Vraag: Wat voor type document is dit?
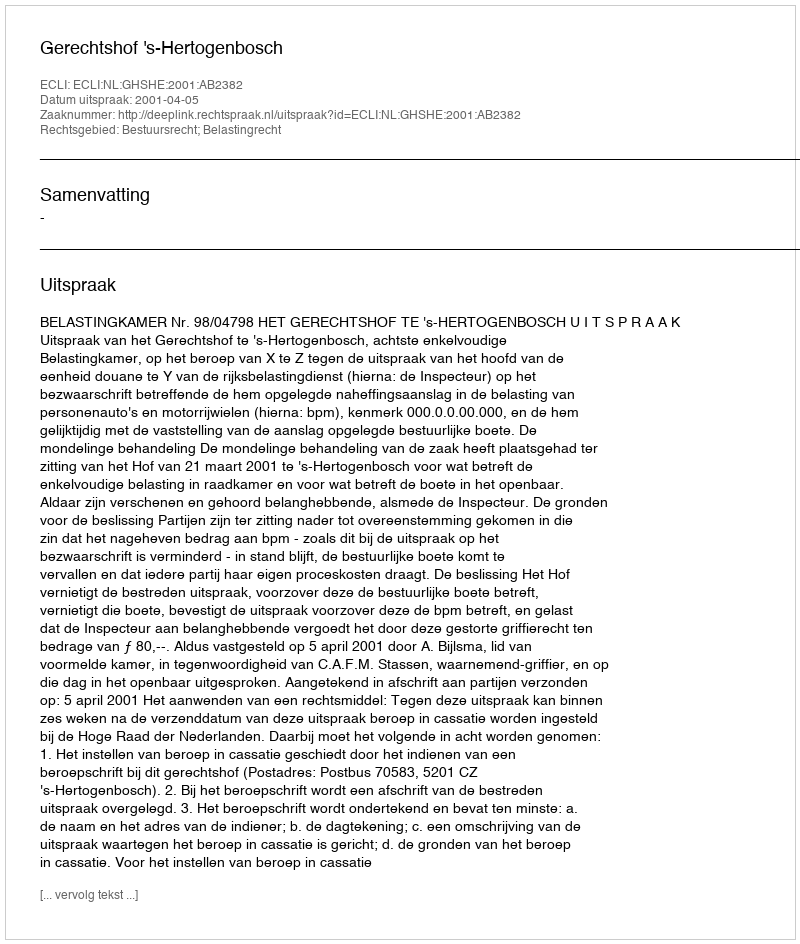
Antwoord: Uitspraak